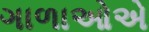
ગાળાઓએ